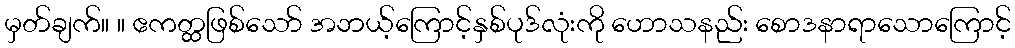
မှတ်ချက်။ ။ ဧကတ္ထဖြစ်သော် အဘယ့်ကြောင့်နှစ်ပုဒ်လုံးကို ဟောသနည်း စောဒနာရာသောကြောင့်